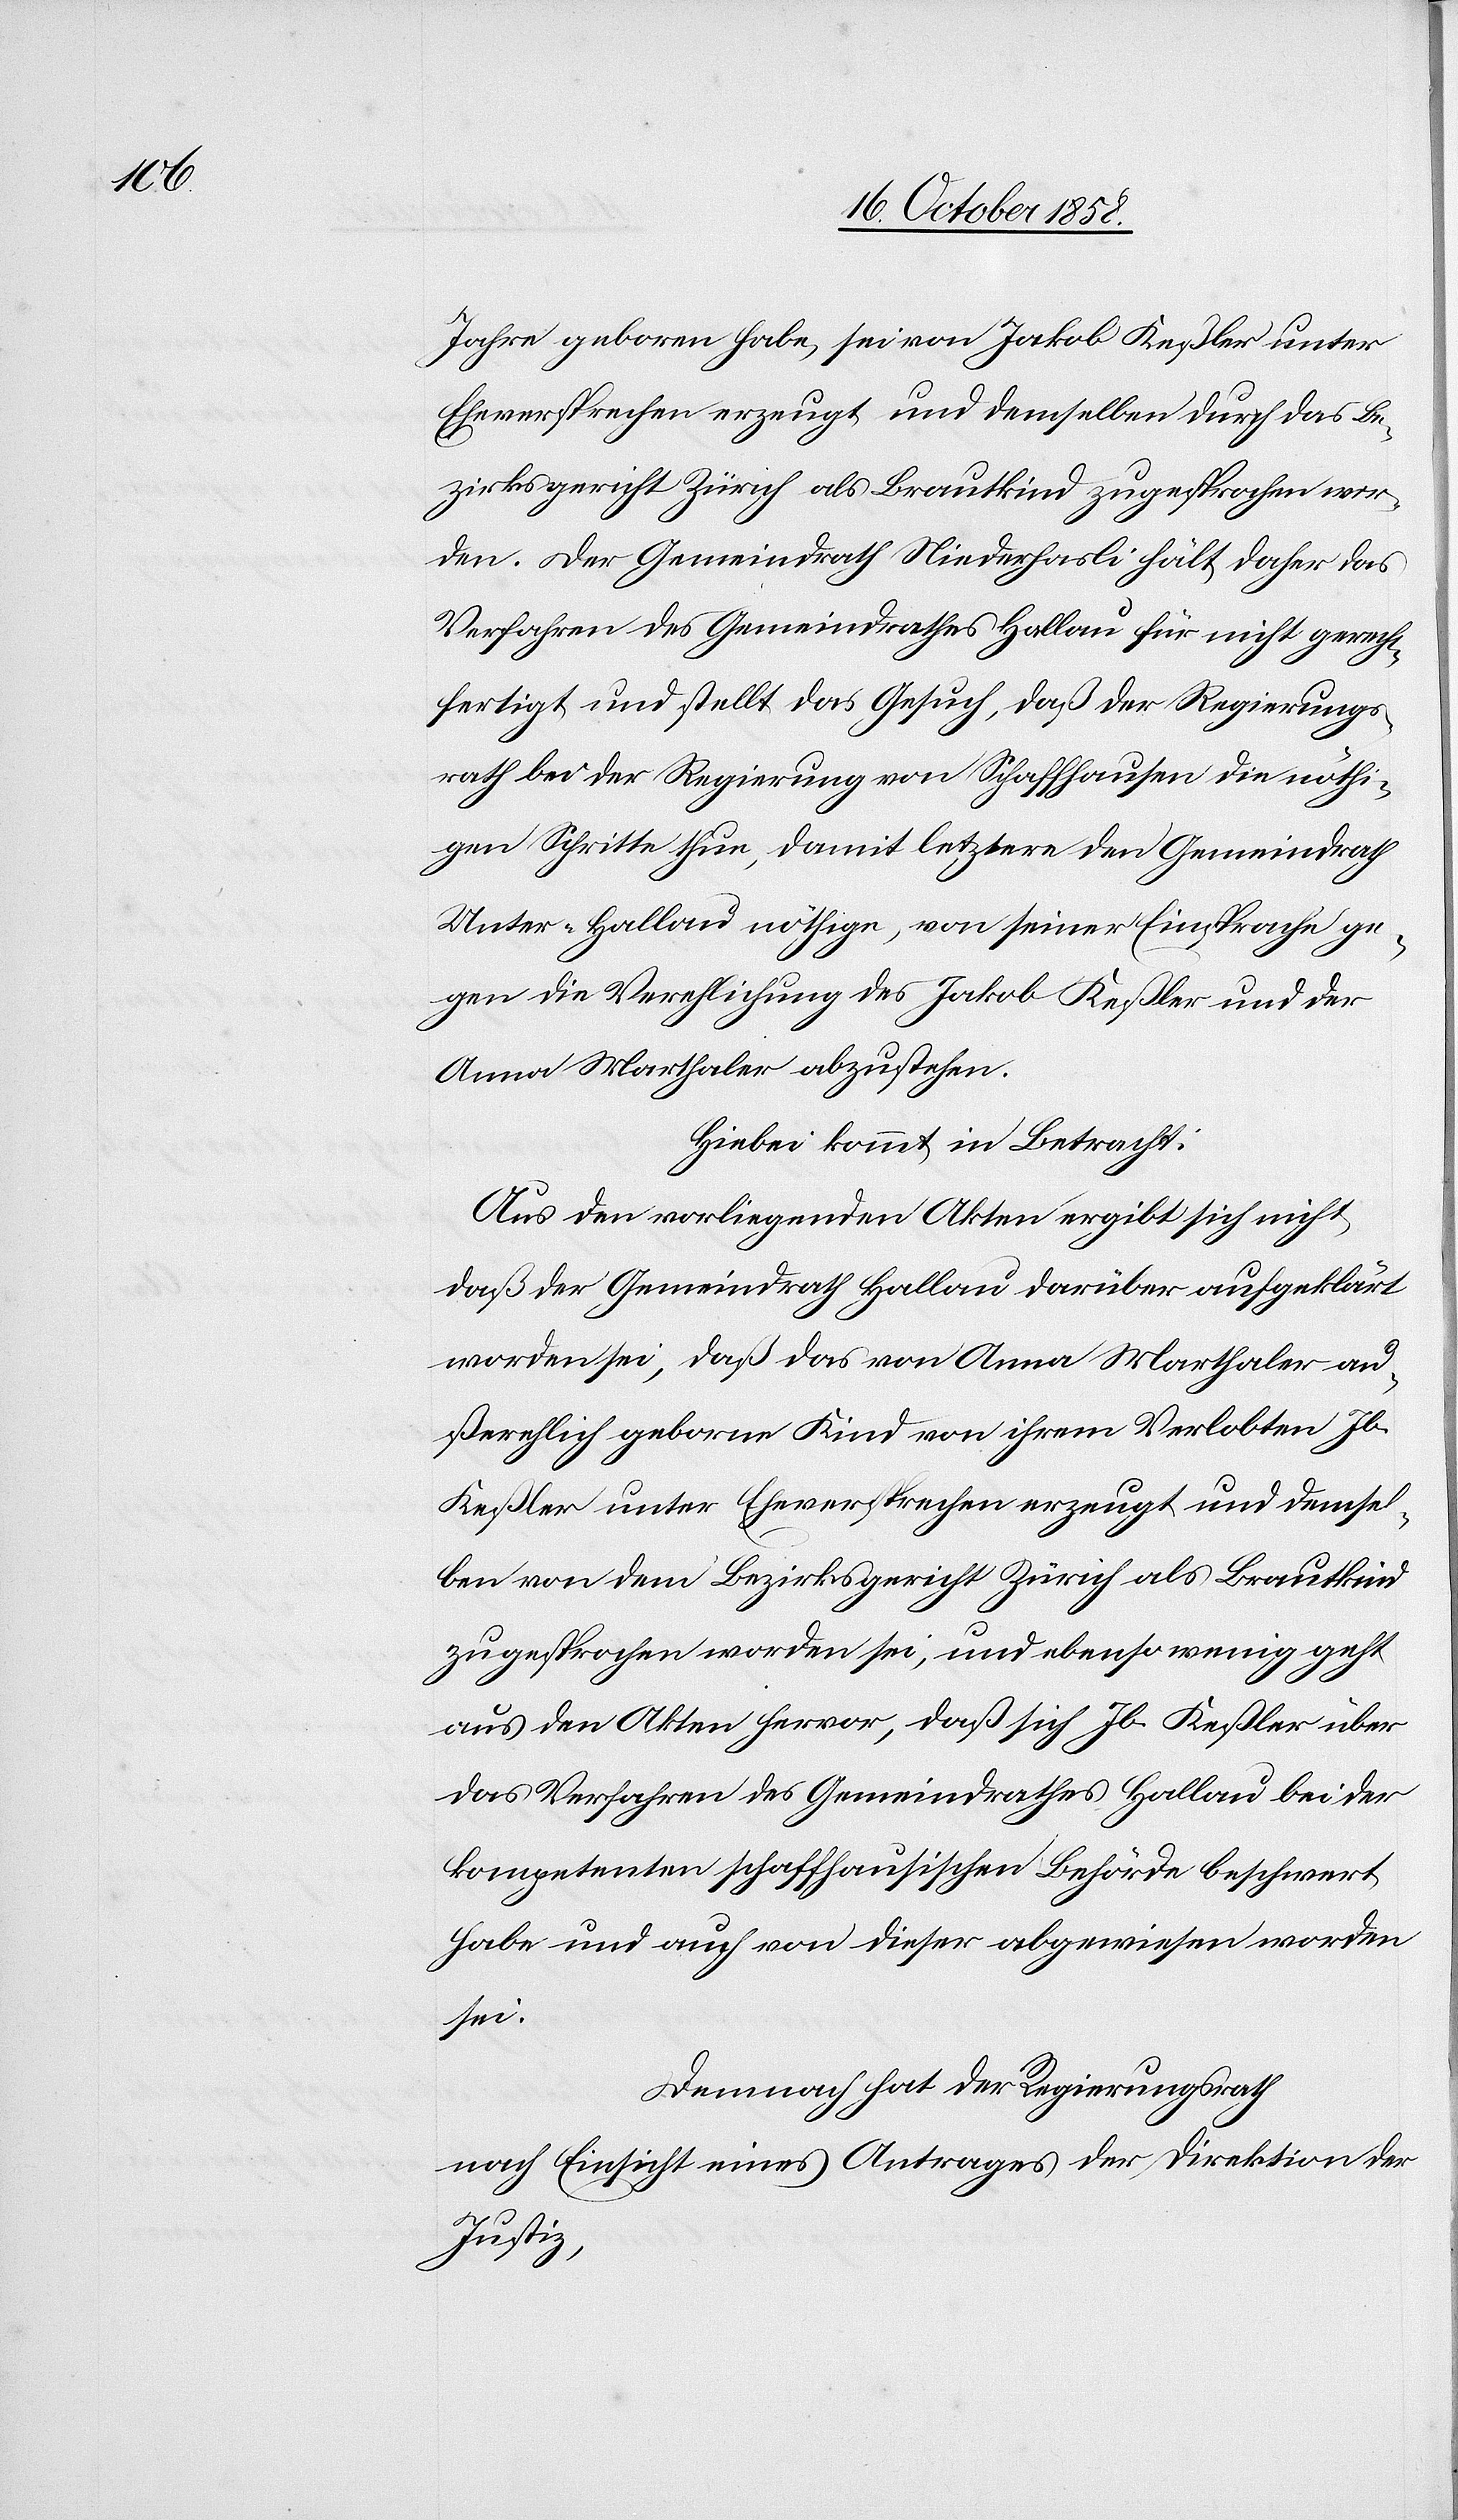
Jahre geboren habe, sei von Jakob Keßler unter
Eheversprechen erzeugt und demselben durch das Be¬
zirksgericht Zürich als Brautkind zugesprochen wor¬
den. Der Gemeindrath Niederhasli hält daher das
Verfahren des Gemeindrathes Hallau für nicht gerecht¬
fertigt und stellt das Gesuch, daß der Regierungs¬
rath bei der Regierung von Schaffhausen die nöthi¬
gen Schritte thue, damit letztere den Gemeindrath
Unter-Hallau nöthige, von seiner Einsprache ge¬
gen die Verehlichung des Jakob Keßler und der
Anna Marthaler abzustehen.
Hiebei kommt in Betracht:
Aus den vorliegenden Akten ergibt sich nicht
daß der Gemeindrath Hallau darüber aufgeklärt
worden sei, daß das von Anna Marthaler au¬
ßerehlich geborne Kind von ihrem Verlobten Jb.
Keßler unter Eheversprechen erzeugt und demsel¬
ben von dem Bezirksgericht Zürich als Brautkind
zugesprochen worden sei, und ebenso wenig geht
aus den Akten hervor, daß sich Jb. Keßler über
das Verfahren des Gemeindrathes Hallau bei der
kompetenten schaffhausischen Behörde beschwert
habe und auch von dieser abgewiesen worden
sei.
Demnach hat der Regierungsrath
nach Einsicht eines Antrages der Direktion der
Justiz,